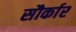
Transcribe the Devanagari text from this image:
सौर्कार